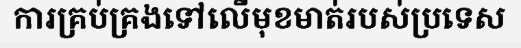
ការគ្រប់គ្រងទៅលើមុខមាត់របស់ប្រទេស